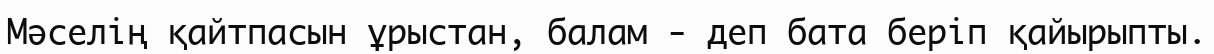
Мәселің қайтпасын ұрыстан, балам - деп бата беріп қайырыпты.